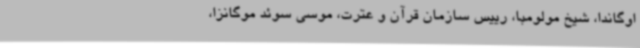
اوگاندا، شیخ مولومبا، رییس سازمان قرآن و عترت، موسی سوئد موگانزا،